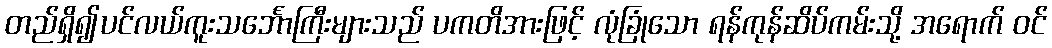
တည်ရှိ၍ပင်လယ်ကူးသင်္ဘောကြီးများသည် ပကတိအားဖြင့် လုံခြုံသော ရန်ကုန်ဆိပ်ကမ်းသို့ အရောက် ဝင်